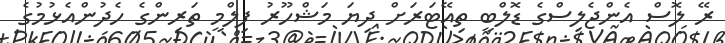
ރޭ ލޮސް އެންޖެލިސްގެ ޑޮލްބީ ތިއޭޓަރަށް ދިޔަ މަޝްހޫރު ފިލްމީ ތަރިންގެ ހެދުންއެޅުމުގެ